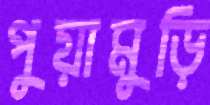
পুয়ামুড়ি